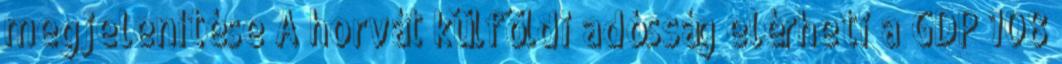
megjelenítése A horvát külföldi adósság elérheti a GDP 108